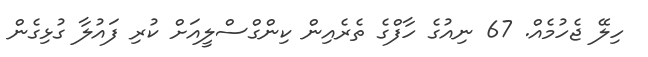
ހިލޭ ޖެހުމެއް. 67 ނިއުގެ ހާފްގެ ތެރެއިން ކިންގްސްލީއަށް ކުރި ފައުލާ ގުޅިގެން